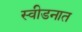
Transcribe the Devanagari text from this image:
स्वीडनात